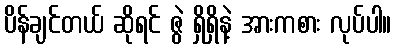
ပိန်ချင်တယ် ဆိုရင် ဇွဲ ရှိရှိနဲ့ အားကစား လုပ်ပါ။